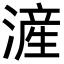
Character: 滻